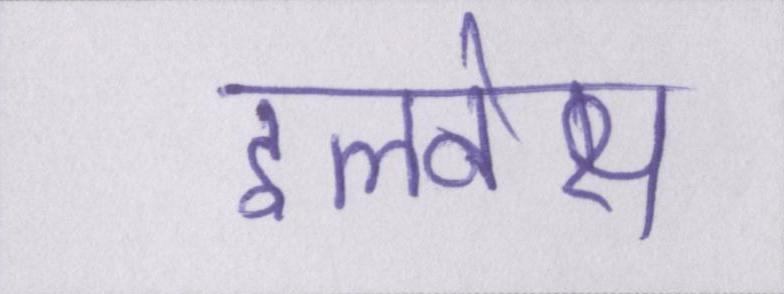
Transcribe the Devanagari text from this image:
इलनेस